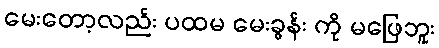
မေးတော့လည်း ပထမ မေးခွန်း ကို မဖြေဘူး